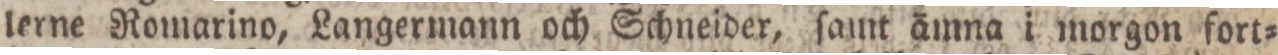
lerne Romarino, Langermann och Schneider, ſamt ämna i morgon fort=